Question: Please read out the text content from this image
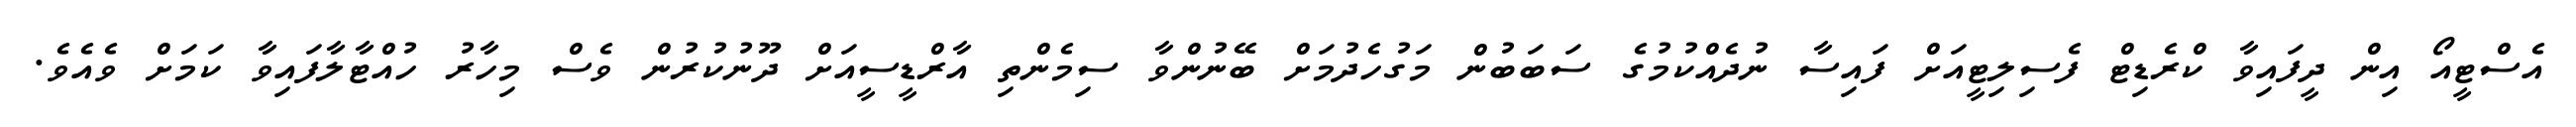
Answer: އެސްޓީއޯ އިން ދީފައިވާ ކްރެޑިޓް ފެސިލިޓީއަށް ފައިސާ ނުދެއްކުމުގެ ސަބަބުން މަގުހެދުމަށް ބޭނުންވާ ސިމެންތި އާރްޑީސީއަށް ދޫނުކުރުން ވެސް މިހާރު ހުއްޓާލާފައިވާ ކަމަށް ވެއެވެ.